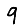
Digit: 9